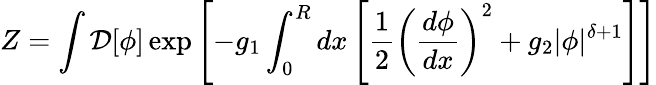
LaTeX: Z=\int{\cal{D}}[\phi]\exp\left[-g_{1}\int_{0}^{R}dx\left[\frac{1}{2}\left(\frac{d\phi}{dx}\right)^{2}+g_{2}\vert\phi\vert^{\delta+1}\right]\right]